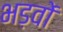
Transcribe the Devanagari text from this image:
भड़वों